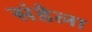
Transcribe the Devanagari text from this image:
संडेला